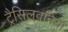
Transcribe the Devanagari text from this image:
ट्रैसिलवनिया